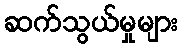
ဆက်သွယ်မှုများ